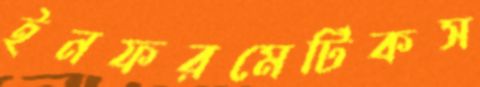
ইনফরমেটিকস